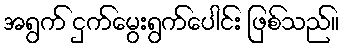
အရွက် ငှက်မွေးရွက်ပေါင်း ဖြစ်သည်။